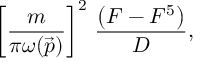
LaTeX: \left[ \frac { m } { \pi \omega ( \vec { p } ) } \right] ^ { 2 } \, \frac { \left( F - F ^ { 5 } \right) } { { \cal D } } ,